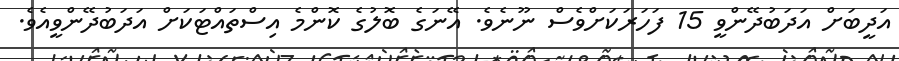
އަދީބަށް އަދަބުދޭންވީ 15 ފަހަރަކަށްވެސް ނޫނެވެ. އޭނަގެ ބޮލުގެ ކޮންމެ އިސްތައްޓަކަށް އަދަބުދޭންވީއެވެ.